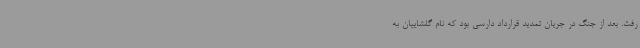
رفت. بعد از جنگ در جریان تمدید قرارداد دارسی بود که نام گلشاییان به